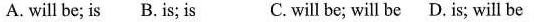
A. will be; is B. is; is C. will be; will be D. is; will be